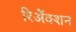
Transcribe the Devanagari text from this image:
रिॲेक्शन